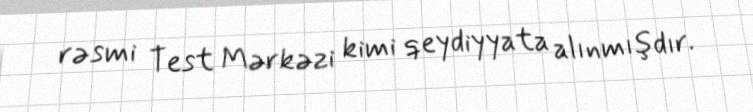
rəsmi Test Mərkəzi kimi qeydiyyata alınmışdır.